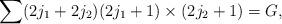
LaTeX: \begin{align*}\sum (2j_{1}+2j_{2})(2j_{1}+1)\times (2j_{2}+1)=G ,\end{align*}